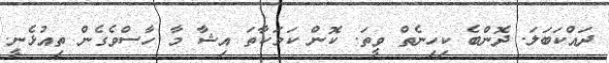
ދައްކަބަލަ. ދޮންބެ ކިހިނެތް ވީތަ. ކޮން ކަމަކާތަ އިޝާ މާ ހާސްވެގެން ތިއުޅެނީ.